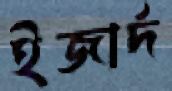
ইজার্দ